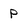
Character: p